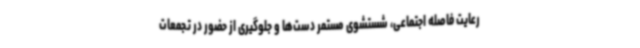
رعایت فاصله اجتماعی، شستشوی مستمر دست‌ها و جلوگیری از حضور در تجمعات